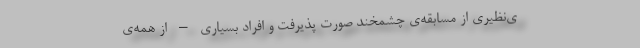
ی‌نظیری از مسابقه‌ی چشمخند صورت پذیرفت و افراد بسیاری – از همه‌ی